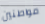
مواطنين